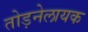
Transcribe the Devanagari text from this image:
तोड़नेलायक